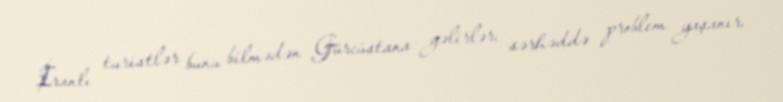
İranlı turistlər bunu bilmədən Gürcüstana gəlirlər, sərhəddə problem yaşanır,